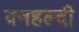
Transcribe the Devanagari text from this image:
वनहल्दी